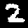
Digit: 2